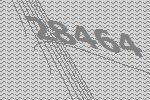
28464